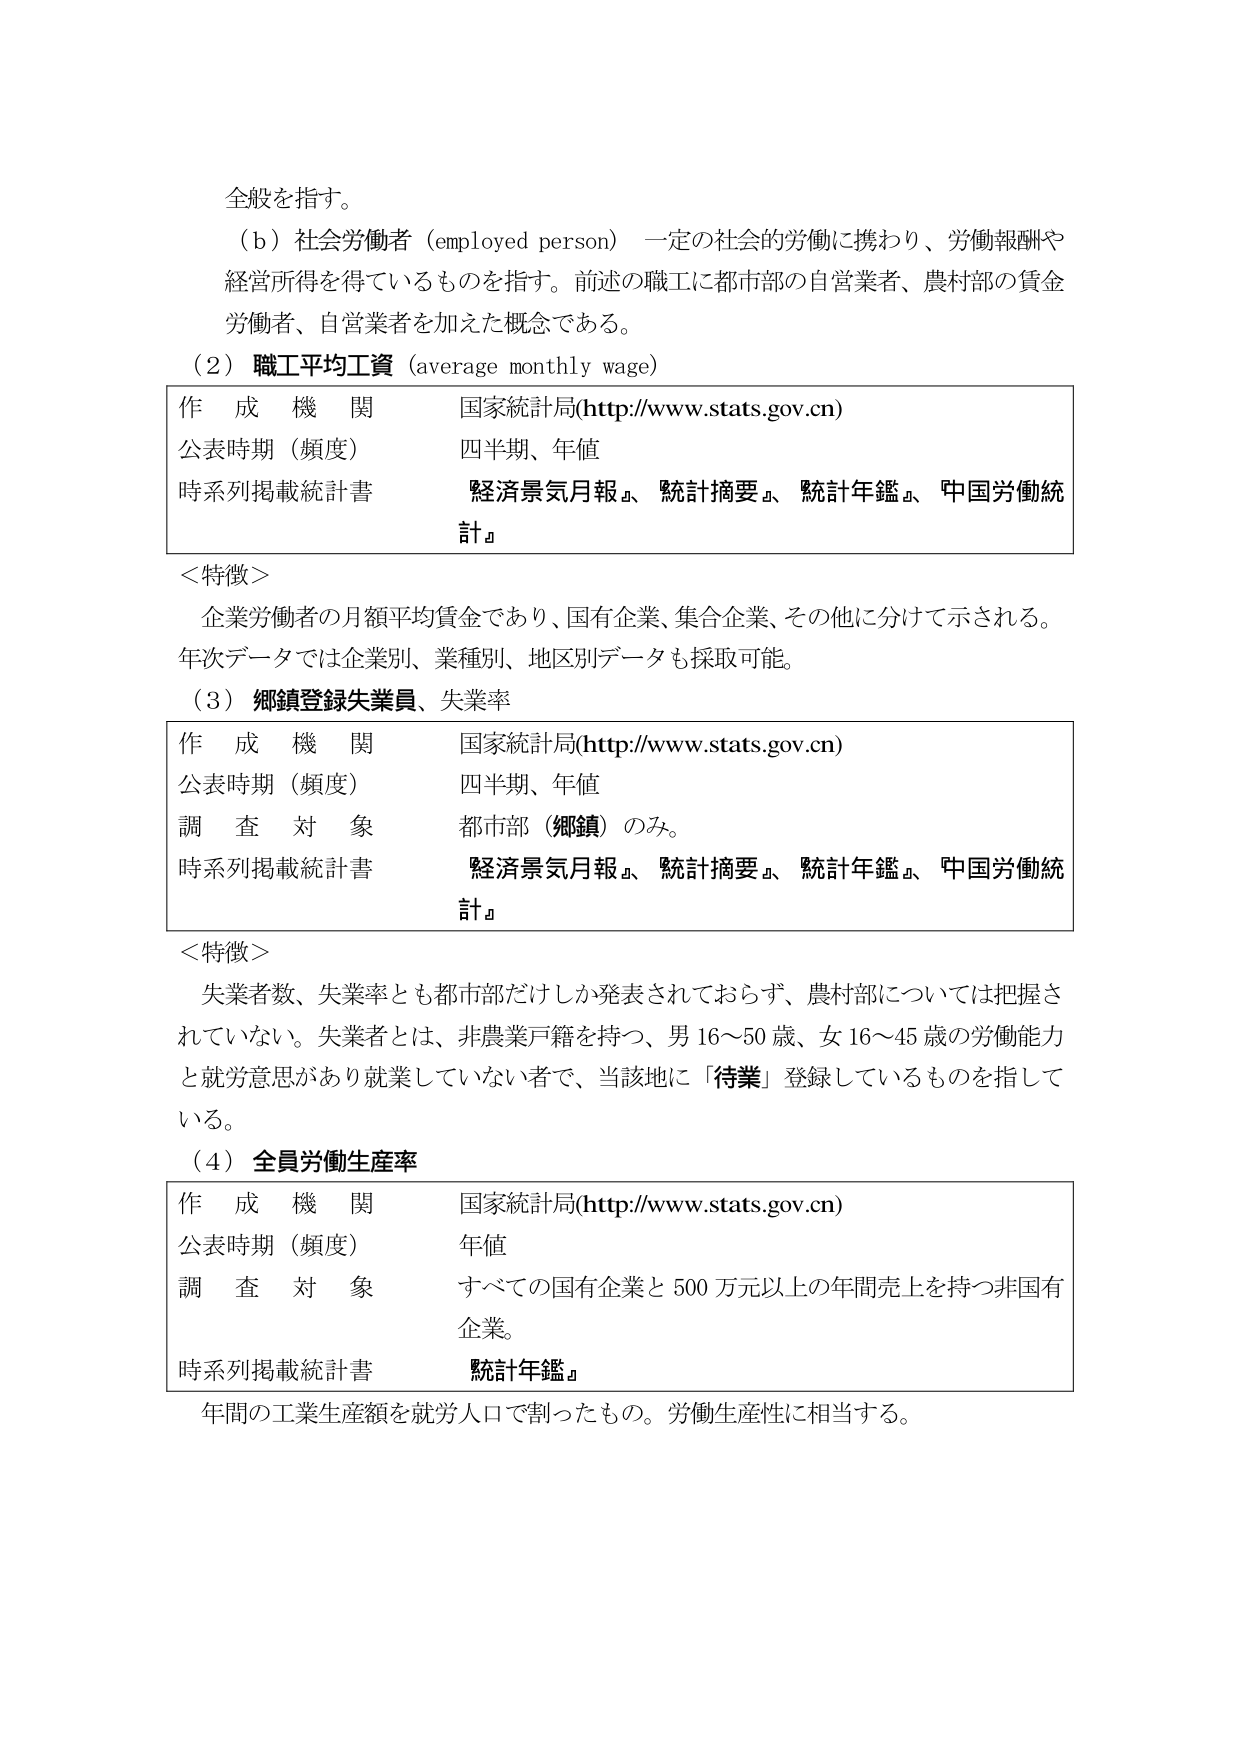
全般を指す。

（ｂ）社会労働者（employed person） 一定の社会的労働に携わり、労働報酬や経営所得を得ているものを指す。前述の職工に都市部の自営業者、農村部の賃金労働者、自営業者を加えた概念である。

（２）職工平均工資（average monthly wage）

作成機関 国家統計局(http://www.stats.gov.cn)
公表時期（頻度） 四半期、年値
時系列掲載統計書 『経済景気月報』、『統計摘要』、『統計年鑑』、『中国労働統計』

＜特徴＞
企業労働者の月額平均賃金であり、国有企業、集合企業、その他に分けて示される。年次データでは企業別、業種別、地区別データも採取可能。

（３）郷鎮登録失業員、失業率

作成機関 国家統計局(http://www.stats.gov.cn)
公表時期（頻度） 四半期、年値
調査対象 都市部（郷鎮）のみ。
時系列掲載統計書 『経済景気月報』、『統計摘要』、『統計年鑑』、『中国労働統計』

＜特徴＞
失業者数、失業率とも都市部だけしか発表されておらず、農村部については把握されていない。失業者とは、非農業戸籍を持つ、男16～50歳、女16～45歳の労働能力と就労意思があり就業していない者で、当該地に「待業」登録しているものを指している。

（４）全員労働生産率

作成機関 国家統計局(http://www.stats.gov.cn)
公表時期（頻度） 年値
調査対象 すべての国有企業と500万元以上の年間売上を持つ非国有企業。
時系列掲載統計書 『統計年鑑』

年間の工業生産額を就労人口で割ったもの。労働生産性に相当する。